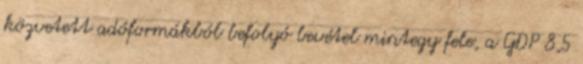
közvetett adóformákból befolyó bevétel mintegy fele, a GDP 8,5